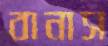
বানাস